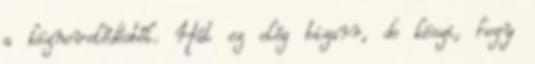
a köznevelődésből. Hát ez elég bizarr, de köszi, hogy